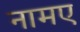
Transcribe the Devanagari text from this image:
नामए